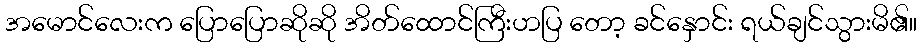
အမောင်လေးက ပြောပြောဆိုဆို အိတ်ထောင်ကြီးဟပြ တော့ ခင်နှောင်း ရယ်ချင်သွားမိ၏။